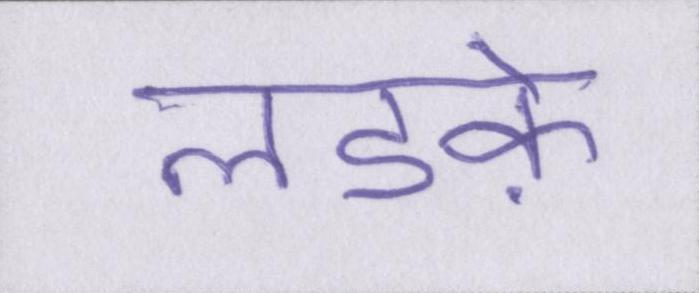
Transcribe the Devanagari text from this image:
लडक़े